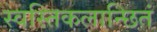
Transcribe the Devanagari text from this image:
स्वस्तिकलान्छितं